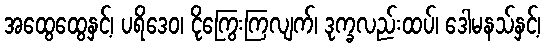
အထွေထွေနှင့်၊ ပရိဒေဝ၊ ငိုကြွေးကြလျက်၊ ဒုက္ခလည်းထပ်၊ ဒေါမနသ်နှင့်၊